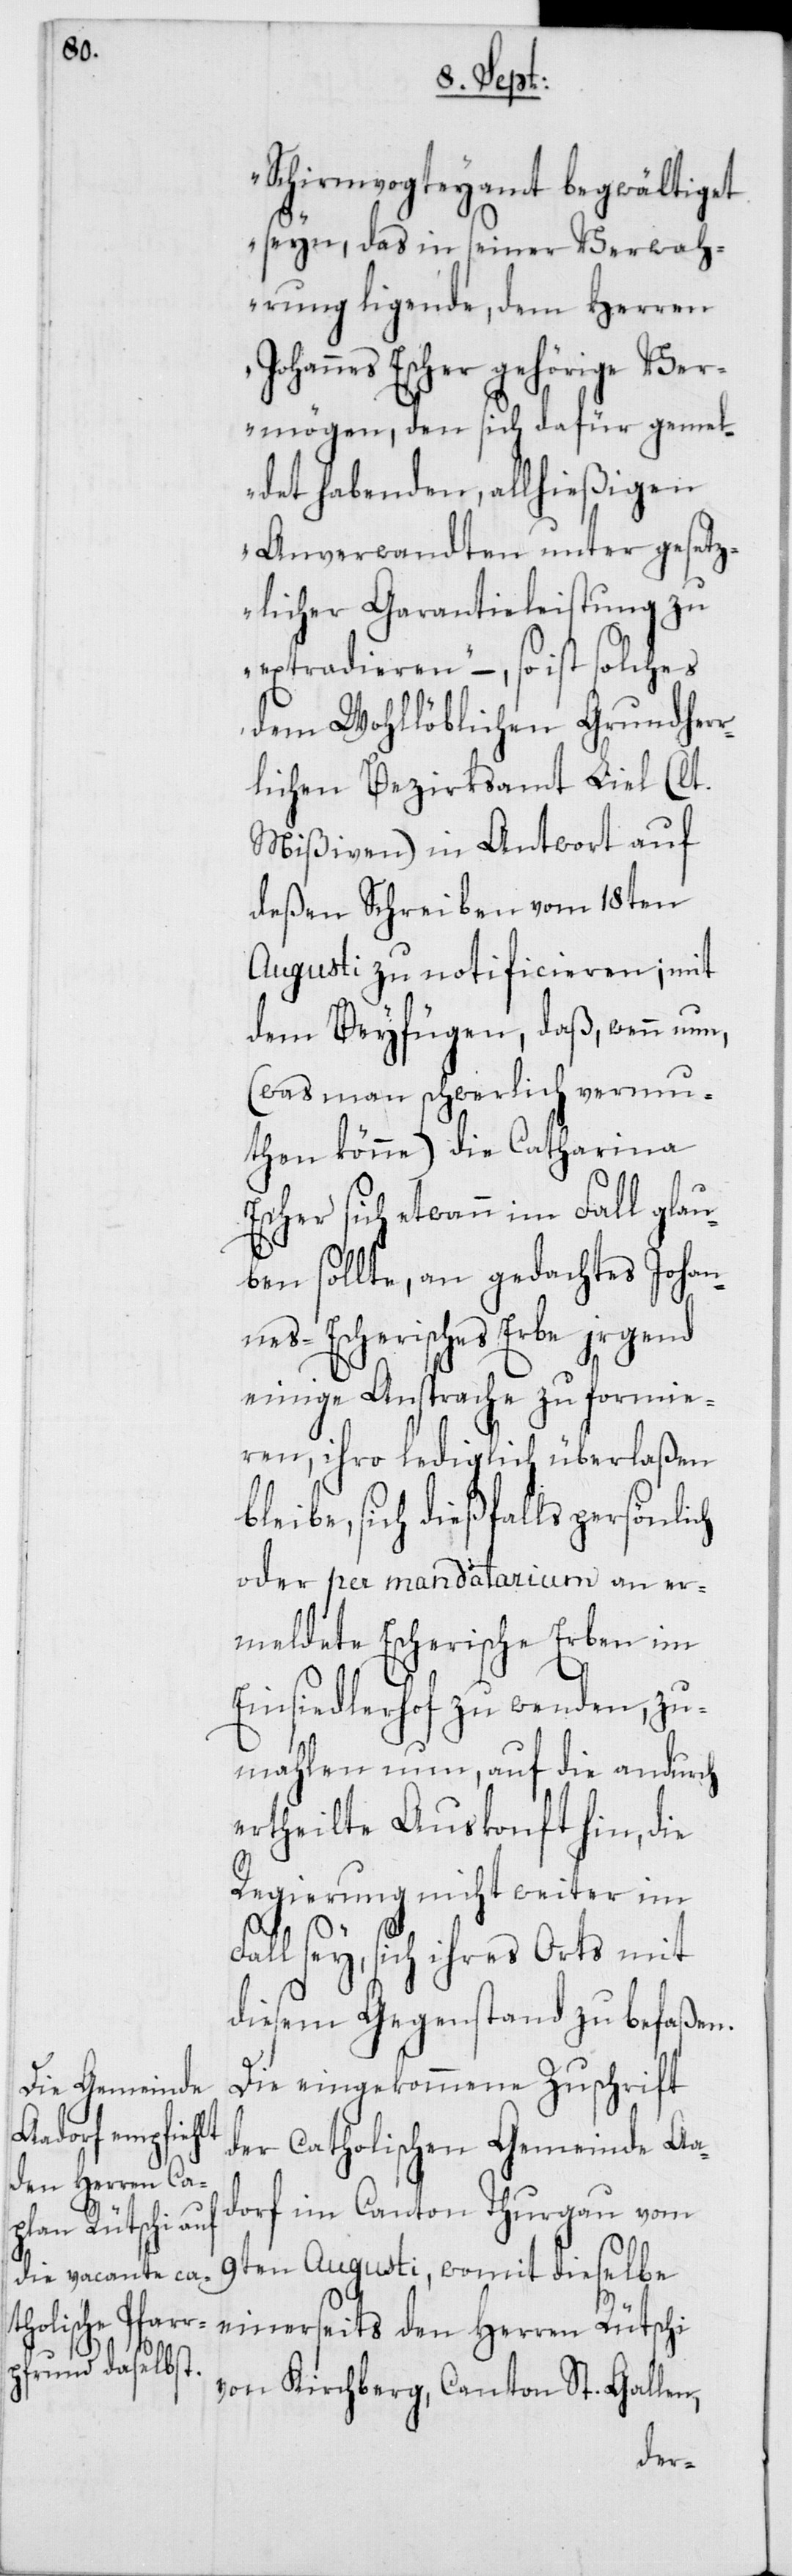
Schirmvogteyamt begwältiget
seyn, das in seiner Verwah¬
rung ligende, dem Herren
Johannes Escher gehörige Ver¬
mögen, den sich dafür gemel¬
det habenden, allhießigen
Anverwandten unter gesetz¬
licher Garantieleistung zu
extradieren“, – so ist solches
dem Wohllöblichen Grundherr¬
lichen Bezirksamt Liel (lt.
Mißiven) in Antwort auf
deßen Schreiben vom 18ten
Augusti zu notificieren; mit
dem Beyfügen, daß, wenn nun,
(was man schwerlich vermu¬
then könne) die Catharina
Escher sich etwann im Fall glau¬
ben sollte, an gedachtes Johan¬
nes-Escherisches Erbe jrgend
einige Ansprache zu formie¬
ren, ihro lediglich überlaßen
bleibe, sich dießfalls persönlich
oder per mandatarium an er¬
meldete Escherische Erben im
Einsiedlerhof zu wenden, zu¬
mahlen nun, auf die andurch
ertheilte Auskonft hin, die
Regierung nicht weiter im
Fall sey, sich ihres Orts mit
diesem Gegenstand zu befaßen.
Die eingekommene Zuschrift
der catholischen Gemeinde Aa¬
dorf im Canton Thurgau vom
9ten Augusti, womit dieselbe
einerseits den Herren Rütschi
von Kirchberg, Canton St. Gallen,